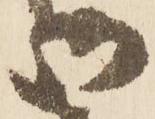
御